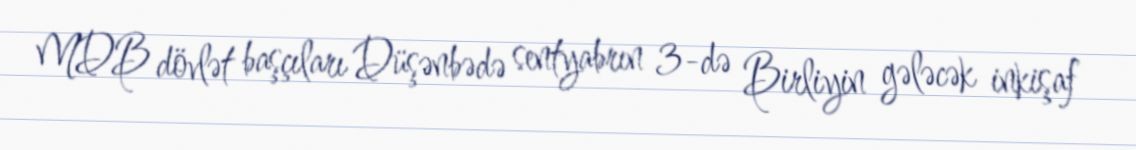
MDB dövlət başçıları Düşənbədə sentyabrın 3-də Birliyin gələcək inkişaf